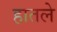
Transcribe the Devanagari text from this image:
हातले